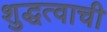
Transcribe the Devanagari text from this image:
शुद्धत्वाची